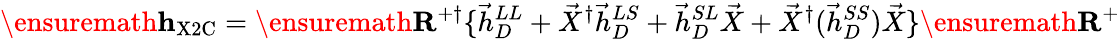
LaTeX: \ensuremath{\mathbf{h}}_{\mathrm{X2C}}=\ensuremath{\mathbf{R}}^{+\dagger}\{ \vec{h}_{D}^{LL}+\vec{X}^{\dagger}\vec{h}_{D}^{LS}+\vec{h}_{D}^{SL}\vec{X}+\vec{X}^{\dagger}(\vec{h}_{D}^{SS})\vec{X}\} \ensuremath{\mathbf{R}}^{+}